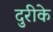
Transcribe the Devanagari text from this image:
दुरीके